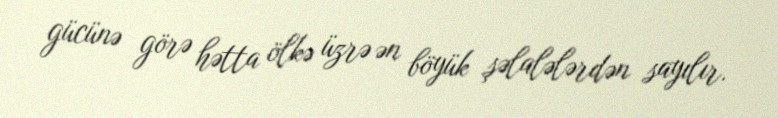
gücünə görə hətta ölkə üzrə ən böyük şəlalələrdən sayılır.